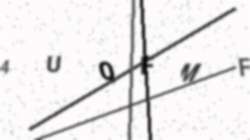
Text: 4UQFMF